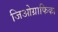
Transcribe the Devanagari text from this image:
जिओग्राफिका